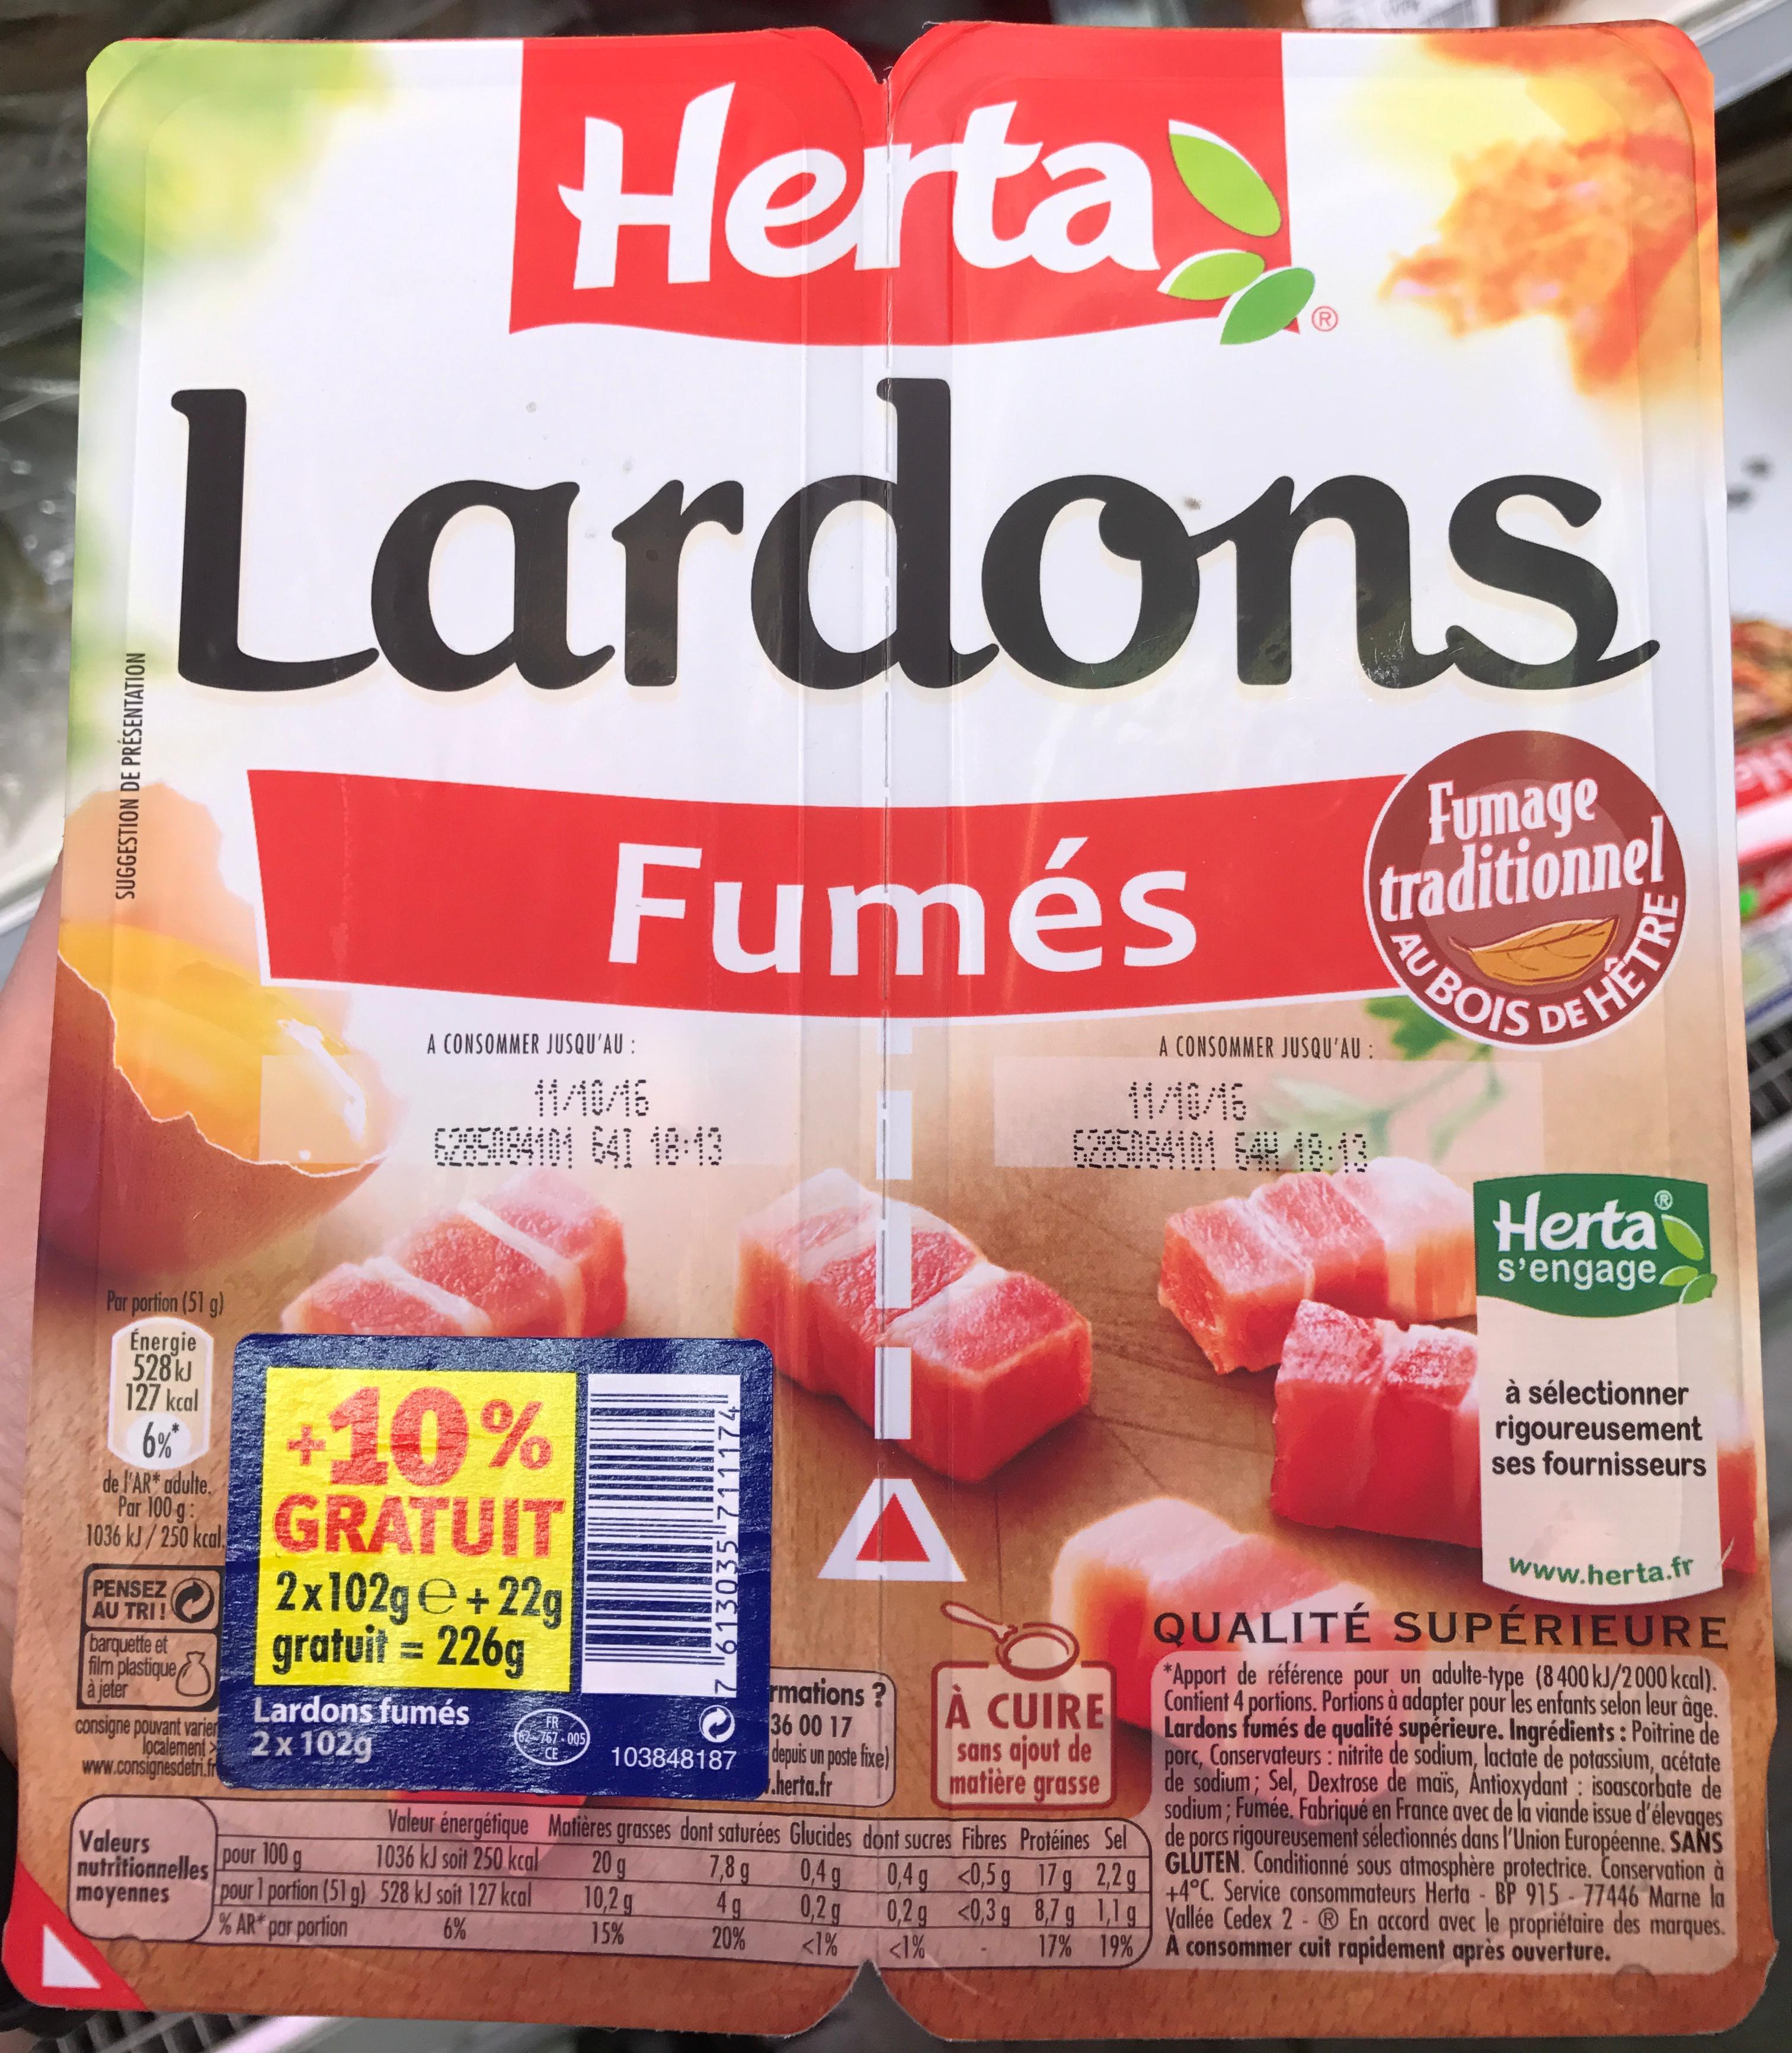
SUGGESTION DE PRÉSENTATION
Herta
Lardons
Fumés
Par portion (51 g) Énergie 528 kJ 127 kcal 6%*
de l'AR* adulte. Par 100 g: 1036 kJ/250 kcal.
+10%
GRATUIT
PENSEZ
AUTRIT 2x102ge+22g
barquette et
gratuit = 226g
film plastique
consigne pouvant varier localement www.consignesdetri.fr
A CONSOMMER JUSQU'AU :
Valeurs nutritionnelles moyennes
6285084101 641 18:13
Lardons fumés 2 x 102g
FR 62-767-005
CE
SACC
20 g
10,2 g
15%
7 613035 7
A
4g
20%
rmations ? 36 00 17 depuis un poste fixe) .herta.fr
103848187
Valeur énergétique Matières grasses dont saturées Glucides dont sucres Fibres Protéines Sel 1036 kJ soit 250 kcal g pour 1 portion (51 g) 528 kJ soit 127 kcal % AR* por portion 6%
pour 100
7,8 g
0,4 g
0,2 g
<1%
À CUIRE sans ajout de matière grasse
0,4g
0,2 g
<1%
<0,5 g
<0,3 g
17 g 2,2 g
8,7 g 1,1 g
17% 19%
Ⓡ
Fumage traditionnel
A CONSOMMER JUSQU'AU :
AU BOIS
Herta
s'engage
à sélectionner rigoureusement ses fournisseurs
PH
www.herta.fr
QUALITÉ SUPÉRIEURE
*Apport de référence pour un adulte-type (8400 kJ/2000 kcal). Contient 4 portions. Portions à adapter pour les enfants selon leur âge. Lardons fumés de qualité supérieure. Ingrédients: Poitrine de porc, Conservateurs: nitrite de sodium, lactate de potassium, acétate de sodium; Sel, Dextrose de maïs, Antioxydant: isoascorbate de sodium; Fumée. Fabriqué en France avec de la viande issue d'élevages de porcs rigoureusement sélectionnés dans l'Union Européenne. SANS +4°C. Service consommateurs Herta BP 915-77446 Marne la GLUTEN. Conditionné sous atmosphère protectrice. Conservation à
100
Vallée Cedex 2 ® En accord avec le propriétaire des marques.
À consommer cuit rapidement après ouverture.